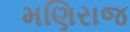
મણિરાજ